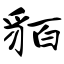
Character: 貊